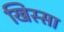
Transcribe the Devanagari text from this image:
खिस्‍सा